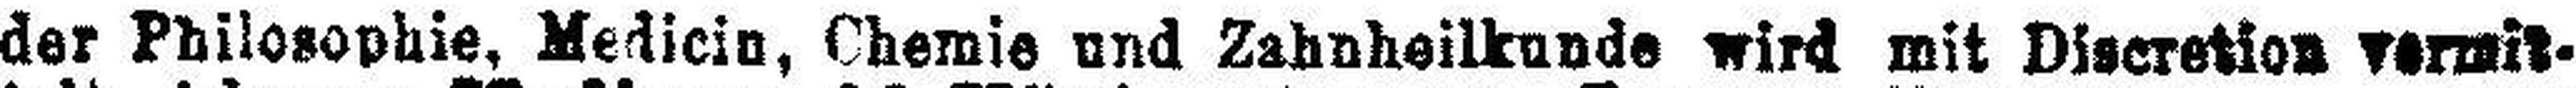
der Philosophie, Medicin, Chemie und Zahnheilkunde wird mit Discretion vermit¬